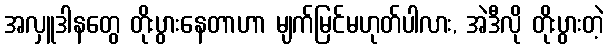
အလှူဒါနတွေ တိုးပွားနေတာဟာ မျက်မြင်မဟုတ်ပါလား, အဲဒီလို တိုးပွားတဲ့